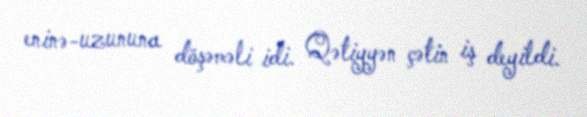
eninə-uzununa döşəməli idi. Qətiyyən çətin iş deyildi.